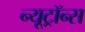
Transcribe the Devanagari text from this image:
न्यूट्रॉन्स